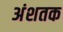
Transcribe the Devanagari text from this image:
अंशतक